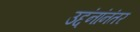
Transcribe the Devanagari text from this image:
उद्दंनांनंतर